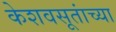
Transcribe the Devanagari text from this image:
केशवसूतांच्या